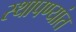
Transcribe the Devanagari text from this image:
स्थापण्यांत